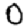
Digit: 0